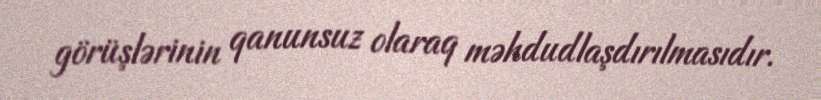
görüşlərinin qanunsuz olaraq məhdudlaşdırılmasıdır.